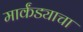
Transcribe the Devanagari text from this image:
मार्कंड्याचा